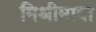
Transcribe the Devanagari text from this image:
मिश्रीमावा